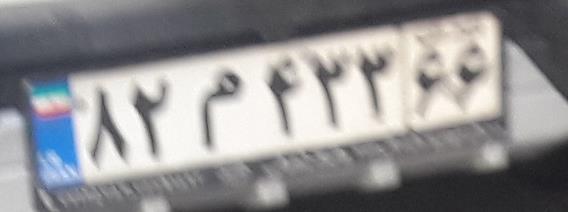
۸۲م۴۳۳۶۶